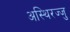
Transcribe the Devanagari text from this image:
अस्थिरज्जु